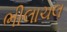
ભીલાચલ